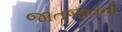
જાતજાતની